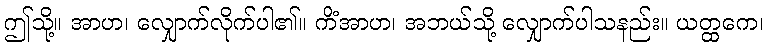
ဤသို့။ အာဟ၊ လျှောက်လိုက်ပါ၏။ ကိံအာဟ၊ အဘယ်သို့ လျှောက်ပါသနည်း။ ယတ္ထကေ၊